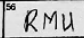
Transcription: RMU